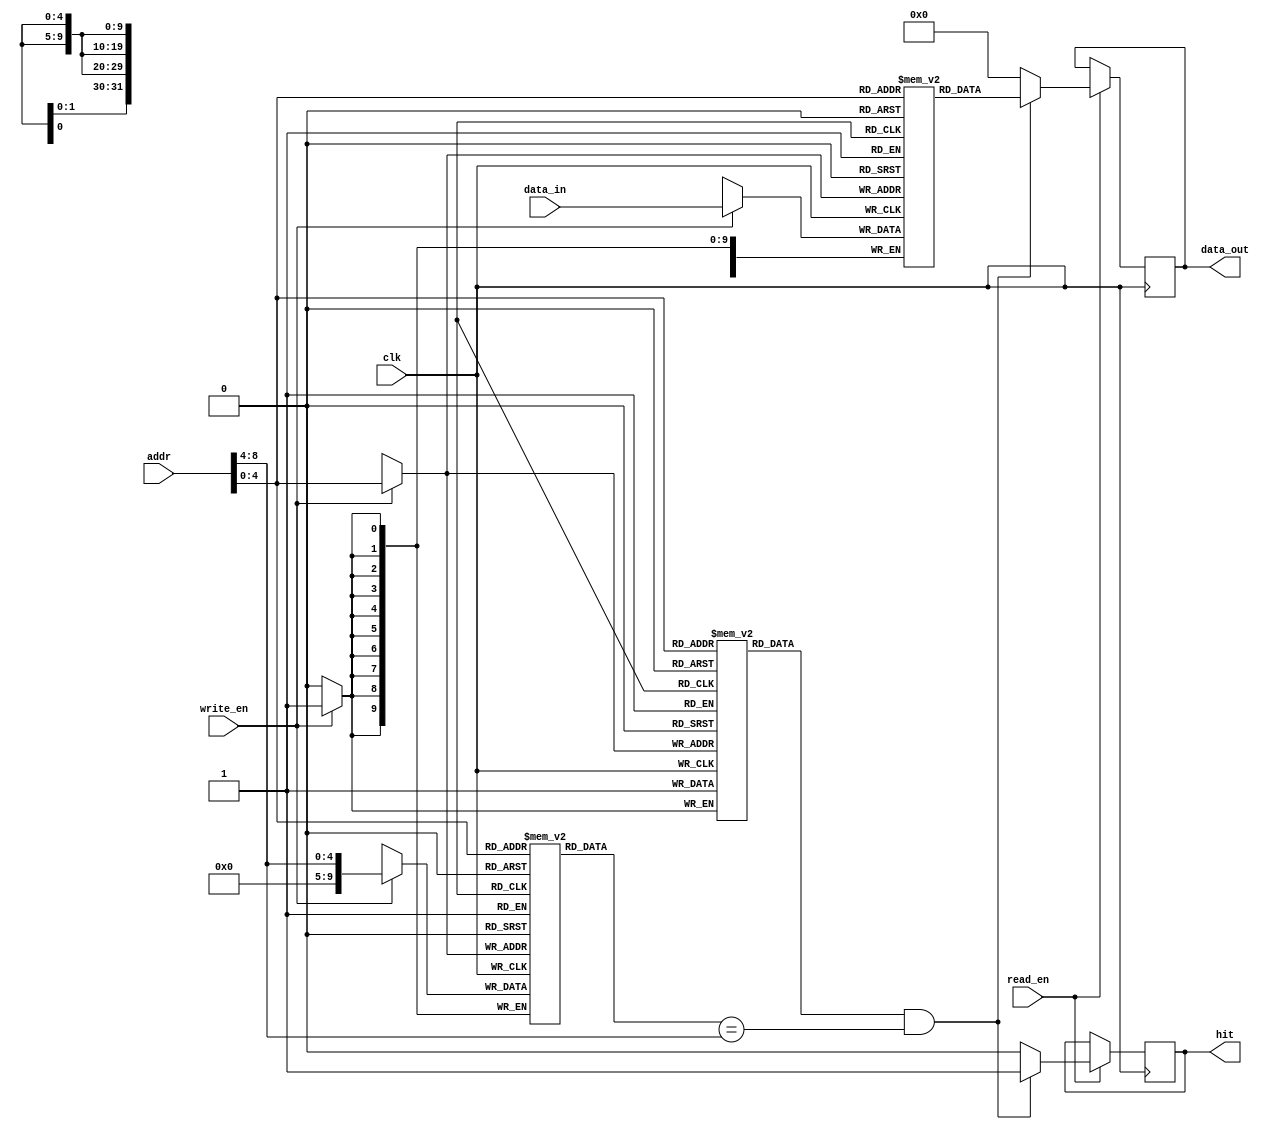
module direct_mapped_cache #(parameter CACHE_SIZE = 1024,  // Cache size in bytes
                             parameter BLOCK_SIZE = 32,   // Block size in bytes
                             parameter ADDR_WIDTH = 10,   // Address width (adjust as needed)
                             parameter DATA_WIDTH = 32)   // Data width (can be adjusted)
(
    input  wire [ADDR_WIDTH-1:0] addr,        // Memory address
    input  wire [DATA_WIDTH-1:0] data_in,     // Data input for writing
    input  wire read_en,                       // Read enable signal
    input  wire write_en,                      // Write enable signal
    input  wire clk,                           // Clock signal
    output reg  [DATA_WIDTH-1:0] data_out,    // Data output for reading
    output reg hit                             // Hit/Miss signal
);

// Cache parameters
localparam NUM_LINES = CACHE_SIZE / BLOCK_SIZE; // Number of cache lines
localparam INDEX_WIDTH = $clog2(NUM_LINES);      // Log base 2 of number of lines
localparam BLOCK_OFFSET_WIDTH = $clog2(BLOCK_SIZE); // Log base 2 of block size

// Cache structure
reg [DATA_WIDTH-1:0] cache_memory [0:NUM_LINES-1];  // Data storage
reg [ADDR_WIDTH-1:0] tag_memory [0:NUM_LINES-1];     // Tag storage
reg valid_memory [0:NUM_LINES-1];                     // Valid bits

// Address fields
wire [ADDR_WIDTH-1-BLOCK_OFFSET_WIDTH:0] tag;      // Tag
wire [INDEX_WIDTH-1:0] index;                        // Index
wire [BLOCK_OFFSET_WIDTH-1:0] block_offset;         // Block offset

assign tag = addr[ADDR_WIDTH-1:ADDR_WIDTH - INDEX_WIDTH - 1]; // Extract tag
assign index = addr[INDEX_WIDTH-1:0];                          // Extract index
assign block_offset = addr[BLOCK_OFFSET_WIDTH-1:0];            // Extract block offset

// Cache operations
always @(posedge clk) begin
    if (read_en) begin
        // Read operation
        if (valid_memory[index] && (tag_memory[index] == tag)) begin
            // Cache hit
            data_out <= cache_memory[index];
            hit <= 1'b1;
        end else begin
            // Cache miss
            data_out <= {DATA_WIDTH{1'b0}}; // Replace with memory read if needed
            hit <= 1'b0;
        end
    end
    
    if (write_en) begin
        // Write operation
        // Fetch data from memory if it's a miss, otherwise just update cache
        cache_memory[index] <= data_in; // Update the data in cache
        tag_memory[index] <= tag;        // Update tag
        valid_memory[index] <= 1'b1;     // Set valid bit
    end
end

// Initialize cache
integer i;
initial begin
    for (i = 0; i < NUM_LINES; i = i + 1) begin
        valid_memory[i] = 1'b0;       // Initialize all valid bits to 0
    end
end

endmodule